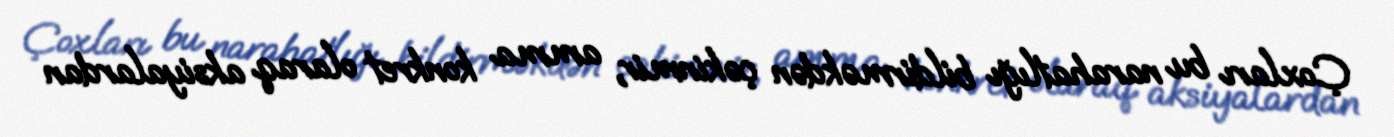
Çoxları bu narahatlığı bildirməkdən çəkinmir, amma konkret olaraq aksiyalardan